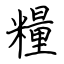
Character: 糧